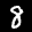
Label: 8